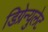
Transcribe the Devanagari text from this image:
डिग्रेन्युलेट